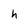
Character: h